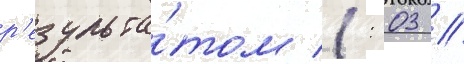
р'езульта́том 1: 03 //